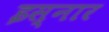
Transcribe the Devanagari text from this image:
इस्नार